NAE_ERA_R-2324_Eesti_Vabariigi_Pohiseaduslik_Assamblee, lk 133
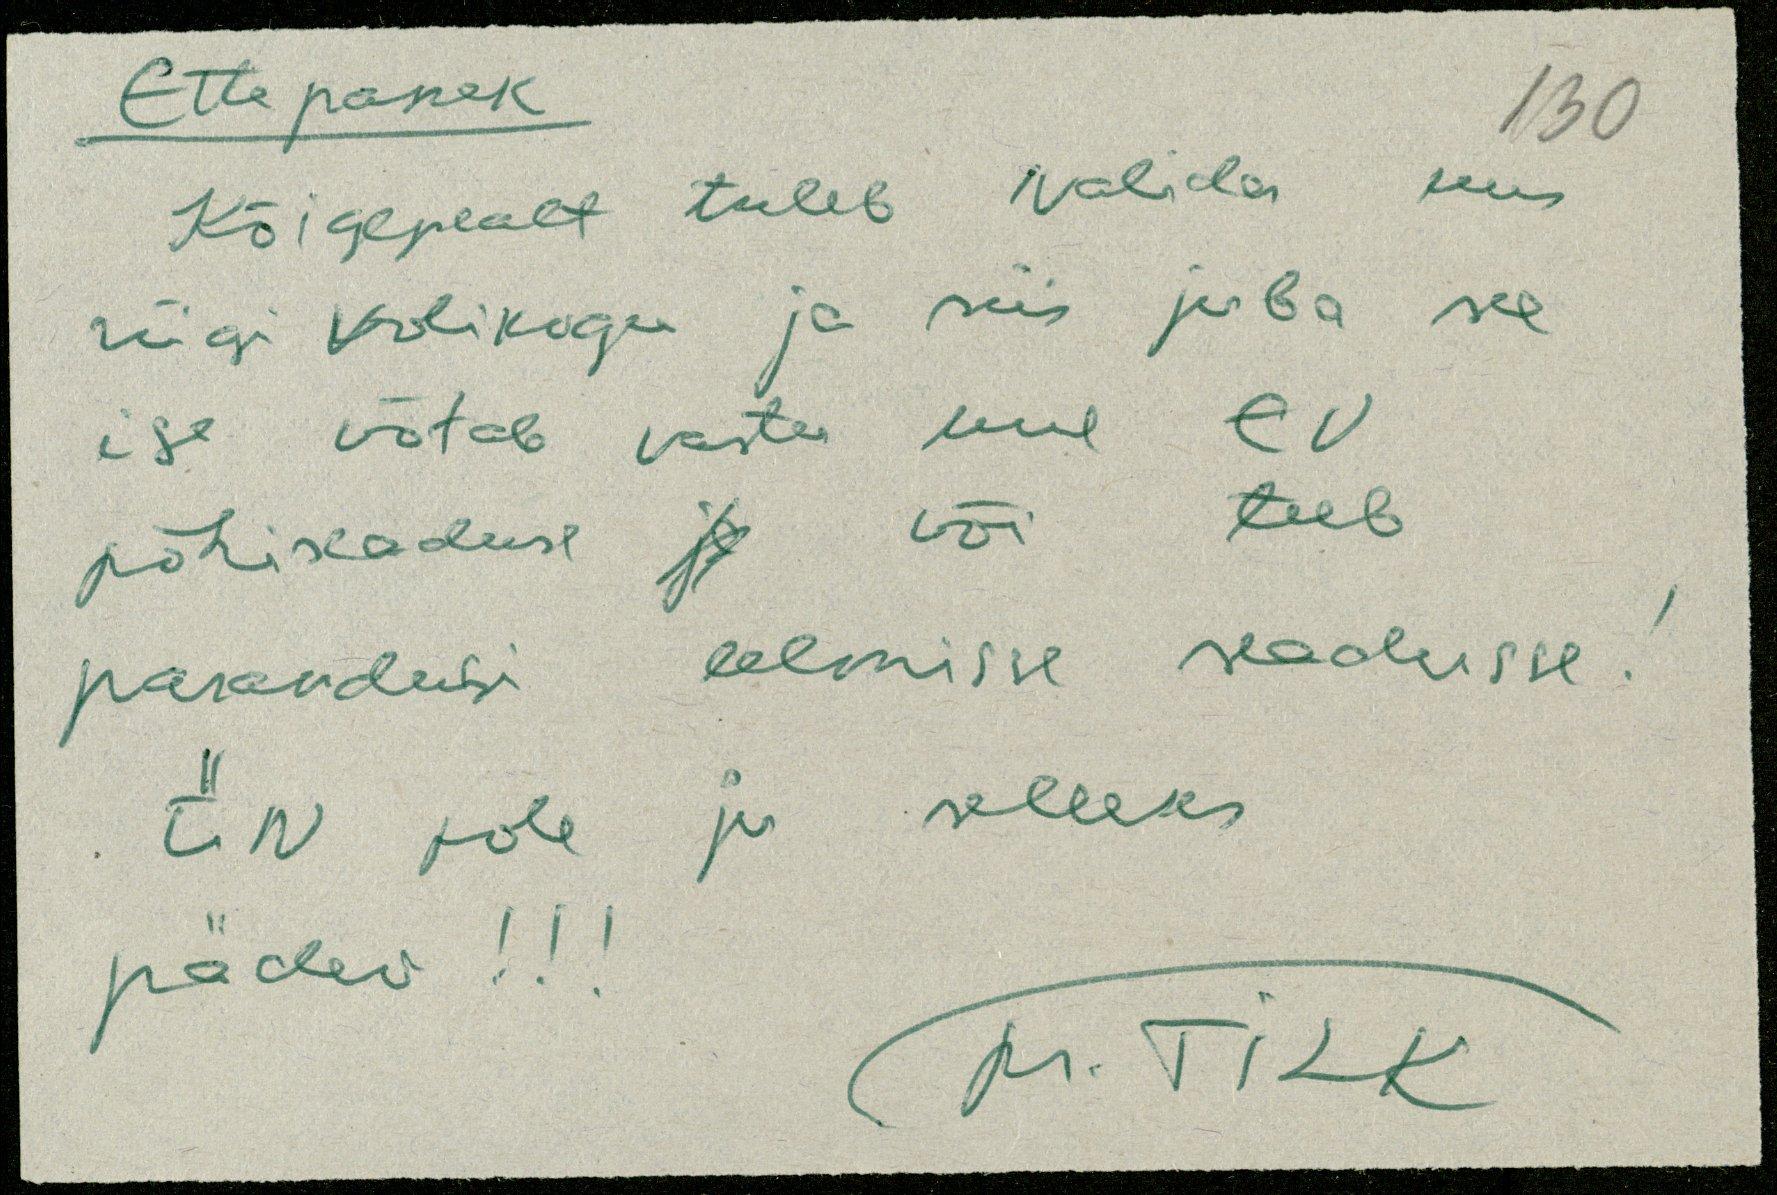
Ettepanek
Kõigepealt tuleb valida uus
riigi volikogu ja siis juba see
ise võtab vastu uue EV
põhiseaduse ja või teeb
parandusi eelmisse seadusse!
ÜN pole ju selleks
pädev!!!
pr. TILK